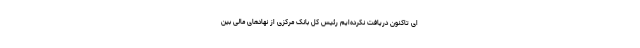
ای تاکنون دریافت نکرده‌ایم رئیس کل بانک مرکزی از نهادهای مالی بین